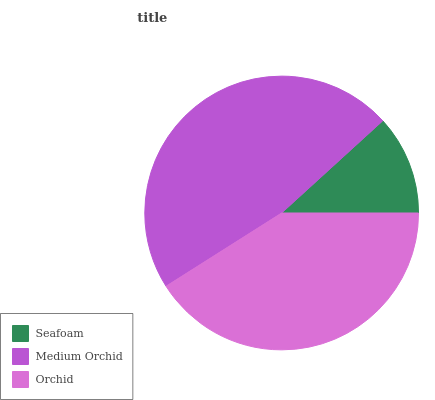
| Seafoam | Medium Orchid | Orchid |
 | --- | --- | --- |
 | 11.8% | 47.2% | 41% |